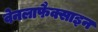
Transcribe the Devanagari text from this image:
वेनलाफैक्साइन